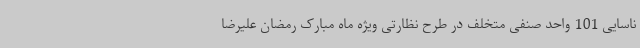
ناسایی 101 واحد صنفی متخلف در طرح نظارتی ویژه ماه مبارک رمضان علیرضا